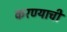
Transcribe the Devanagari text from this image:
करण्याचीं